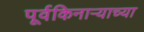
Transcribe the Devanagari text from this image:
पूर्वकिनाऱ्याच्या